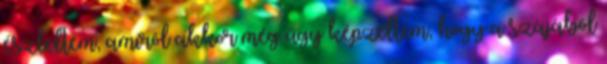
észleltem, amirõl akkor még úgy képzeltem, hogy a szájából